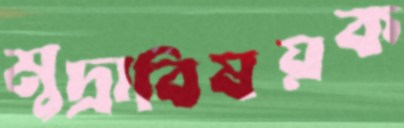
মুদ্রাবিষয়ক